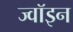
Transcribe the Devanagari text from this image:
ज्‍वॉइन